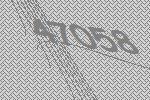
47058